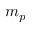
m _ { p }